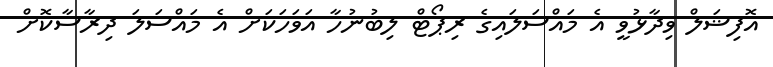
އޮފިޝަލް ވިދާޅުވީ އެ މައްސަލައިގެ ރިޕޯޓް ލިބުނުހާ އަވަހަކަށް އެ މައްސަލަ ދިރާސާކޮށް